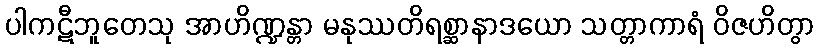
ပါကဋီဘူတေသု အာဟိဏ္ဍန္တာ မနုဿတိရစ္ဆာနာဒယော သတ္တာကာရံ ဝိဇဟိတွာ